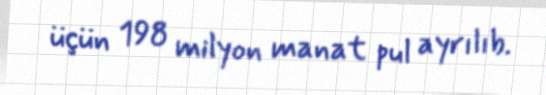
üçün 198 milyon manat pul ayrılıb.